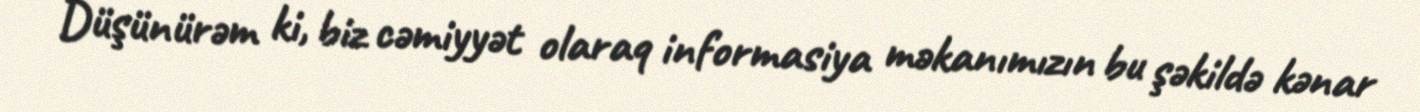
Düşünürəm ki, biz cəmiyyət olaraq informasiya məkanımızın bu şəkildə kənar